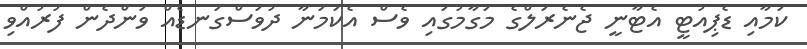
ކަމާއި ޑެޕިއުޓީ އެޓާނީ ޖެނެރަލްގެ މަގާމުގައި ވެސް އެކަމަނާ ދުވަސްގަނޑެއް ވަންދެން ފުރުއްވި